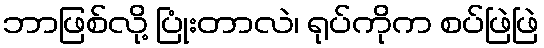
ဘာဖြစ်လို့ ပြုံးတာလဲ၊ ရုပ်ကိုက စပ်ဖြဲဖြဲ